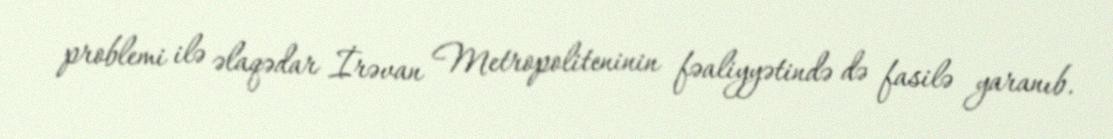
problemi ilə əlaqədar İrəvan Metropoliteninin fəaliyyətində də fasilə yaranıb.